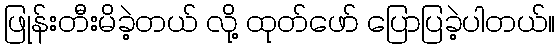
ဖြုန်းတီးမိခဲ့တယ် လို့ ထုတ်ဖော် ပြောပြခဲ့ပါတယ်။